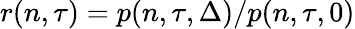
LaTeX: r(n,\tau)=p(n,\tau,\Delta)/p(n,\tau,0)